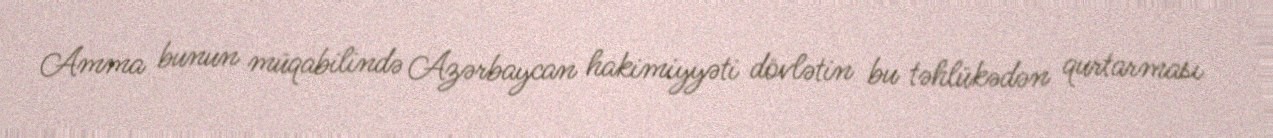
Amma bunun müqabilində Azərbaycan hakimiyyəti dövlətin bu təhlükədən qurtarması